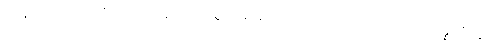
သန်လျက်ကာကို။ ဂဟေတွာ၊ ကိုင်စွဲ၍။ ဓနုကလာပံ၊ လေးတောင့်ကို။ သန္နယှိတွာ၊